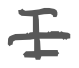
Text: I
Cross-out: single-line
Writing tool: digital_gray